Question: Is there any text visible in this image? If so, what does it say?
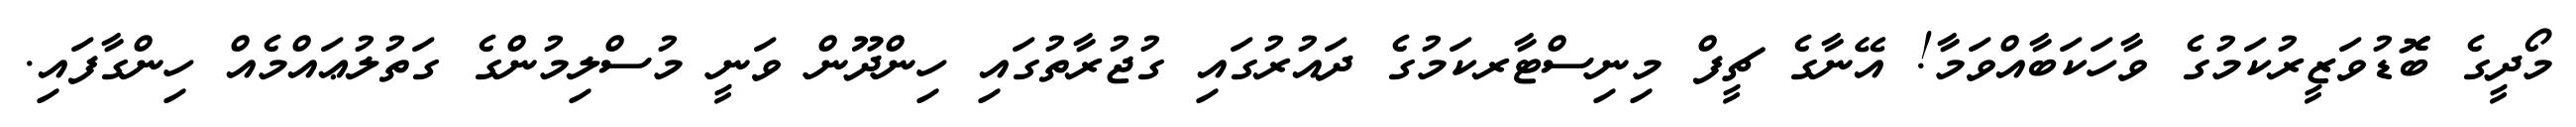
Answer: މޯދީގެ ބޮޮޑުވަޒީރުކަމުގެ ވާހަކަބާއްވަމާ! އޭނާގެ ޗީފް މިނިސްޓާރކަމުގެ ދައުރުގައި ގުޖުރާތުގައި ހިންދޫން ވަނީ މުސްލިމުންގެ ގަތުލުޢައްމެއް ހިންގާފައި.